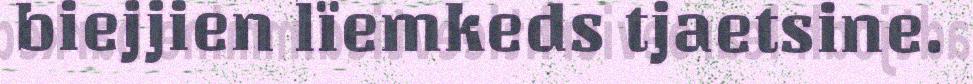
biejjien lïemkeds tjaetsine.